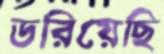
ডরিয়েছি